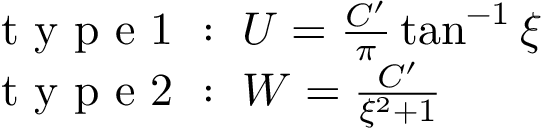
\begin{array} { l } { \mathrm { ~ t ~ y ~ p ~ e ~ 1 ~ : ~ } \; U = \frac { C ^ { \prime } } { \pi } \tan ^ { - 1 } \xi } \\ { \mathrm { ~ t ~ y ~ p ~ e ~ 2 ~ : ~ } \; W = \frac { C ^ { \prime } } { \xi ^ { 2 } + 1 } } \end{array}